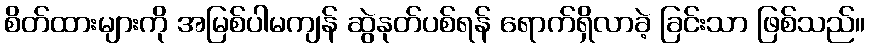
စိတ်ထားများကို အမြစ်ပါမကျန် ဆွဲနုတ်ပစ်ရန် ရောက်ရှိလာခဲ့ ခြင်းသာ ဖြစ်သည်။